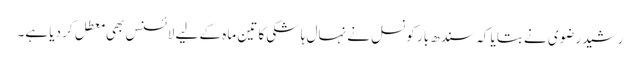
رشید رضوی نے بتایا کہ سندھ بار کونسل نے نہال ہاشکی کا تین ماہ کے لیے لائسنس بھی معطل کر دیا ہے۔